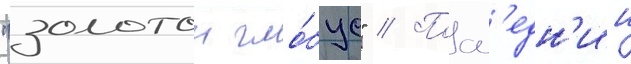
"золотои гло́бус" // Посл'едн'ии